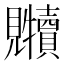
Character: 𲁐